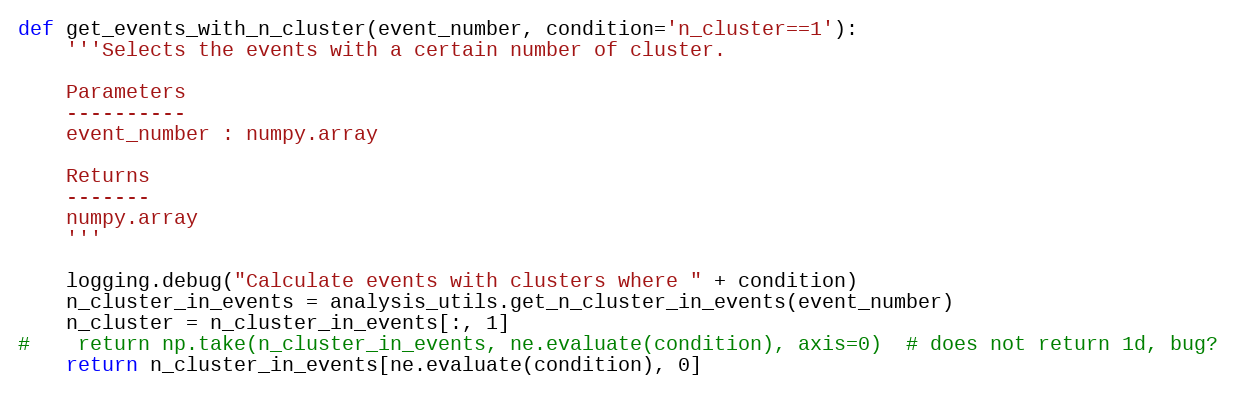
Language: Python
def get_events_with_n_cluster(event_number, condition='n_cluster==1'):
    '''Selects the events with a certain number of cluster.

    Parameters
    ----------
    event_number : numpy.array

    Returns
    -------
    numpy.array
    '''

    logging.debug("Calculate events with clusters where " + condition)
    n_cluster_in_events = analysis_utils.get_n_cluster_in_events(event_number)
    n_cluster = n_cluster_in_events[:, 1]
#    return np.take(n_cluster_in_events, ne.evaluate(condition), axis=0)  # does not return 1d, bug?
    return n_cluster_in_events[ne.evaluate(condition), 0]